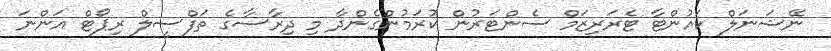
ނޭޝަނަލް ކައުންޓާ ޓެރަރިޒަމް ސެންޓަރުން ކުރަމުންގެންދާ މި ދިރާސާގެ ތަފްސީލް ރިޕޯޓް އަންނަ